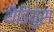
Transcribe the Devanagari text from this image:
थैडियुस